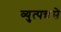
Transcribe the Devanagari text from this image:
व्युत्पन्नसे